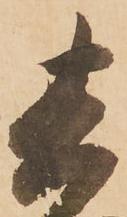
其